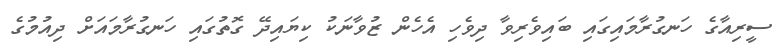
ސީރިއާގެ ހަނގުރާމައިގައި ބައިވެރިވާ ދިވެހި އެހެން ޒުވާނަކު ކިޔައިދޭ ގޮތުގައި ހަނގުރާމައަށް ދިއުމުގެ